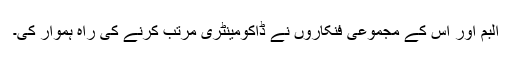
البم اور اس کے مجموعی فنکاروں نے ڈاکومینٹری مرتب کرنے کی راہ ہموار کی۔